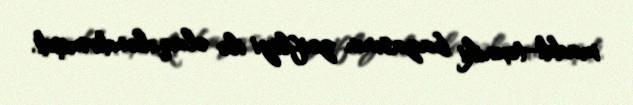
maddi-texniki bazasının zəifliyi ilə əlaqələndirmişdi.